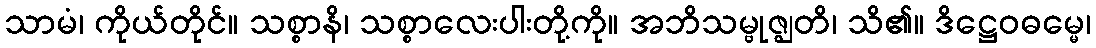
သာမံ၊ ကိုယ်တိုင်။ သစ္စာနိ၊ သစ္စာလေးပါးတို့ကို။ အဘိသမ္ဗုဇ္ဈတိ၊ သိ၏။ ဒိဋ္ဌေဝဓမ္မေ၊